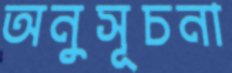
অনুসূচনা